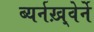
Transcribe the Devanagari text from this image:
ब्यर्नख़्वेर्ने